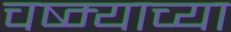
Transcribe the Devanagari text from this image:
चष्म्याच्या